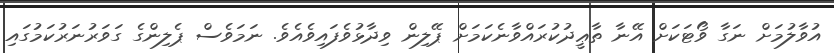
އުވާލުމަށް ނަގާ ވޯޓަކަށް އޭނާ ތާޢީދުކުރައްވާނެކަމަށް ޕޭލިން ވިދާޅުވެފައިވެއެވެ. ނަމަވެސް ޕެލިންގެ ގަވަރުނަރުކަމުގައި